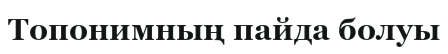
Топонимның пайда болуы